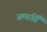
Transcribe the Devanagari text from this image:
अमरसिँ